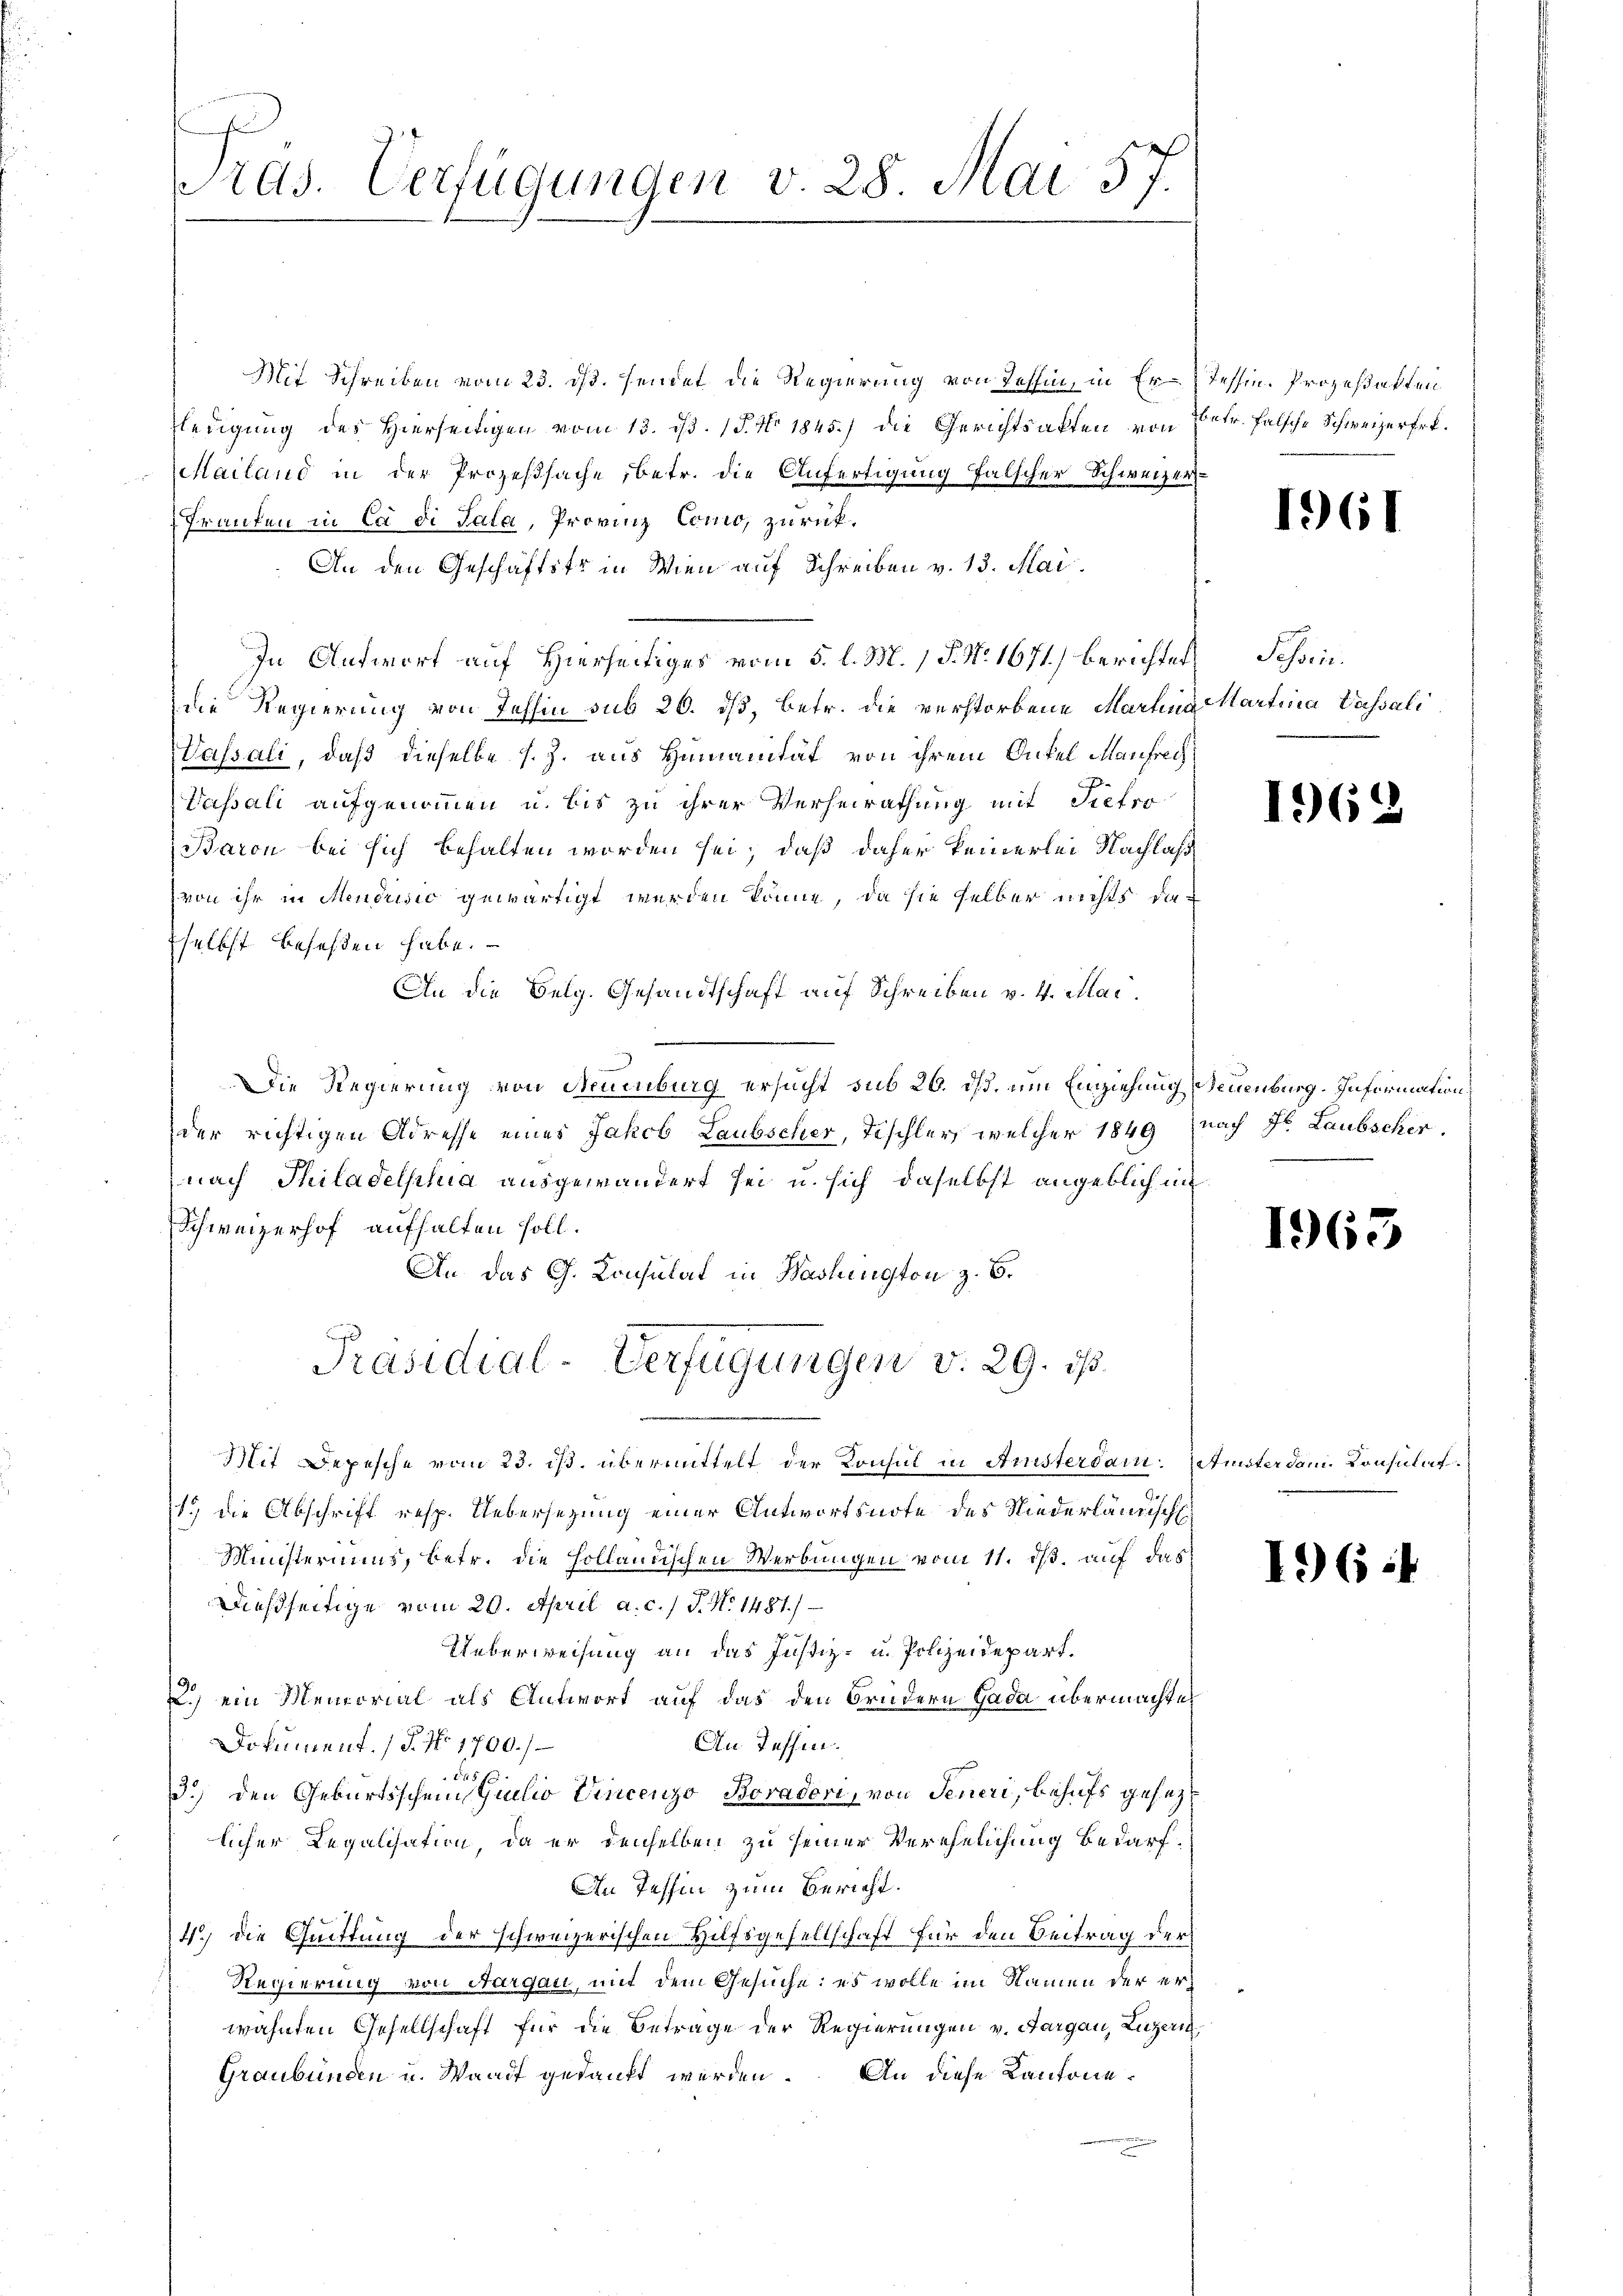
ras. Verfügungen v. 28. Mai 57.

Mit Schreiben vom 23. ds. sendet die Regierung von Tessin, in Er-Tessin. Prozeßakten
ledigung des Hierseitigen vom 13. d. 15. No 1845.) die Gerichtsakten von Betr. Falsche Schweizerfrt.
Mailand in der Prozeßsache, betr. die Anfertigung falscher Schweizer¬
Frauten in ca di Sala, Provinz Como, zurück¬
An den Geschäftstr in Wien auf Schreiben v. 13. Mai
In Antwort auf Hierseitiges vom 5. l. M. 1 P. N. 1671) berichtet Sessen.
die Regierung von Tessin sub 26. dß, betr. die verstorbene Martina Martina Passali
Wassali, daß dieselbe s. Z. aus Humanität von ihrem Onkel Maufrech
Vassali aufgenommen u. bis zu ihrer Verheirathung mit Siefor
Baron bei sich behalten worden sei, daß daher keinerlei Nachlaß
von ihr in Mendusić gewärtigt werden könne, da sie selber nichts daselbst beseßen habe.
An die Selg. Gesandtschaft auf Schreiben v. 4. Mai
Die Regierung von Neuenburg ersucht sub 26. ds. um Einziehung Neuenburg. Information
der richtigen Adresse eines Jakob Laubscher, Tischler, welcher 1849 (nach Hr. Laubscher.
nach Thiladelphia ausgewandert sei u. sich daselbst angeblich in
Schweizerhof aufhalten soll.
An das G. Consulat in Washington z. B.
Präsidial-Verfügungen v. 29. ds.
Mit Depesche vom 23. ds. übermittelt der Konsul in Aristersam. Amster dem Consulat
1.) die Abschrift resp. Uebersezung einer Antwortsnote des Niederländisch
Ministeriums, betr. die Holländischen Werbungen vom 11. ds. auf das
Dießseitige vom 20. April a. c. / J. N. 1481.)
Ueberweisung an das Justiz- u. Polizeidepart.
2.) ein Memorial als Antwort auf das den Brüdern Gada übermachte
An Tessin.
Dokument. (T. No 1700./
a
2
3.) den Geburtsscheinstuilio Vincenzo Boradori, von Jeneri, behufs gesezlicher Legalisation, da er denselben zu seiner Verehelichung bedarf.
An Tessin zum Bericht.
4.) Die Quittung der schweizerischen Hilfsgesellschaft für den Beitrag der
Regierung von Aargau, mit dem Gesuche: es wolle im Namen der erwähnten Gesellschaft für die Betrage der Regierungen v. Aargau, Luzern
Graubünden u. Waadt gedankt werden. An diese Kantone

1961

1964

1965

196: